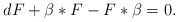
\begin{align*}dF +\beta *F - F * \beta = 0.\end{align*}